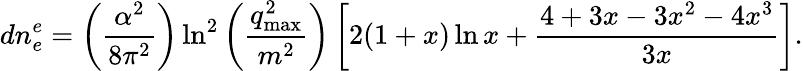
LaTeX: dn_{e}^{e}=\left(\frac{\alpha^{2}}{8\pi^{2}}\right)\ln^{2}\left(\frac{q_{\mathrm{max}}^{2}}{m^{2}}\right)\left[2(1+x)\ln x+\frac{4+3x-3x^{2}-4x^{3}}{3x}\right].